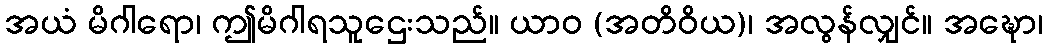
အယံ မိဂါရော၊ ဤမိဂါရသူဌေးသည်။ ယာဝ (အတိဝိယ)၊ အလွန်လျှင်။ အဍ္ဎော၊